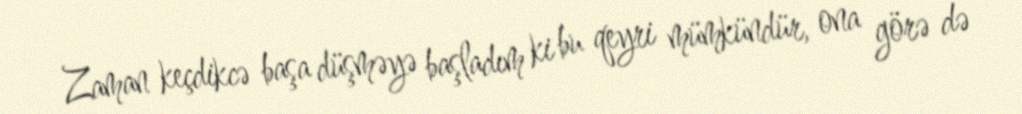
Zaman keçdikcə başa düşməyə başladım ki bu qeyri mümkündür, ona görə də